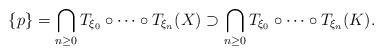
LaTeX: \begin{align*} \{p\}=\bigcap_{n\geq 0} T_{\xi_{0}}\circ\cdots\circ T_{\xi_{n}}(X) \supset \bigcap_{n\geq 0} T_{\xi_{0}}\circ\cdots\circ T_{\xi_{n}}(K). \end{align*}